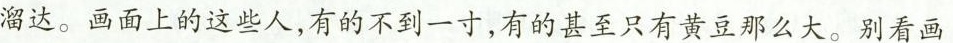
溜达。画面上的这些人，有的不到一寸，有的甚至只有黄豆那么大。别看画